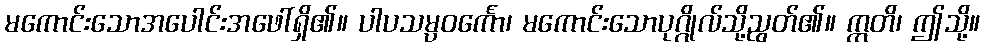
မကောင်းသောအပေါင်းအဖေါ်ရှိ၏။ ပါပသမ္ပဝင်္ကော၊ မကောင်းသောပုဂ္ဂိုလ်သို့ညွတ်၏။ ဣတိ၊ ဤသို့။